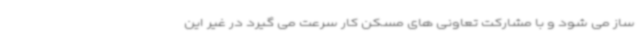
ساز می شود و با مشارکت تعاونی های مسکن کار سرعت می گیرد در غیر این